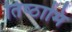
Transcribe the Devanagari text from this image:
तिष्‍ठामि